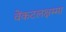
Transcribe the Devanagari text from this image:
वेंकटलक्षम्मा